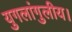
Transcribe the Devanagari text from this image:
युगलांगुलीय।